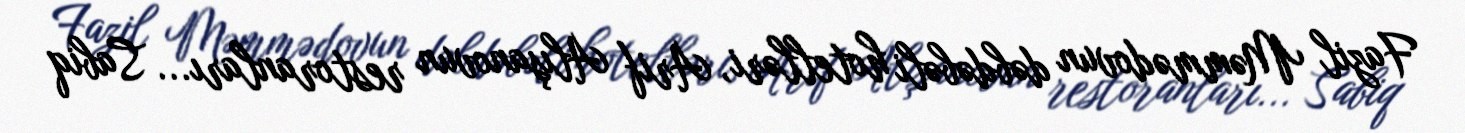
Fazil Məmmədovun dəbdəbəli hotelləri, Arif Alışanovun restoranları... Sabiq